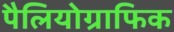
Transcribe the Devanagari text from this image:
पैलियोग्राफिक